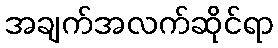
အချက်အလက်ဆိုင်ရာ